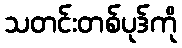
သတင်းတစ်ပုဒ်ကို